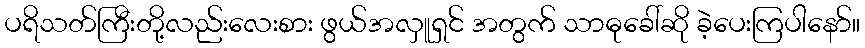
ပရိသတ်ကြီးတို့လည်းလေးစား ဖွယ်အလှူရှင် အတွက် သာဓုခေါ်ဆို ခဲ့ပေးကြပါနော်။